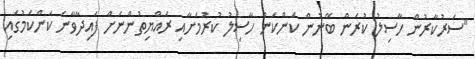
"ސަރުކާރުން ހާސިލު ކުރަން ބޭނުން ކަންކަން ހާސިލު ކުރުމަށާއި ރައްޔިތުންނަށް ފައިދާވާނެ ކަންކަމުގައި